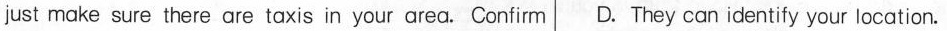
just make sure there are taxis in your area. Confirm D. They can identify your location.